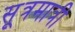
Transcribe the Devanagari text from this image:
सूत्रमात्री